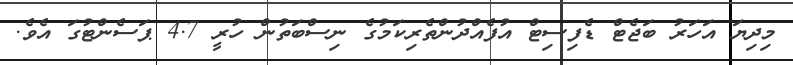
މިދިޔަ އަހަރު ބަޖެޓް ޑެފިސިޓް އުފެއްދުންތެރިކަމުގެ ނިސްބަތުން ހުރީ 4.7 ޕަސެންޓުގަ އެވެ.